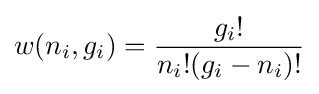
w(n_{i},g_{i})={\frac {g_{i}!}{n_{i}!(g_{i}-n_{i})!}}